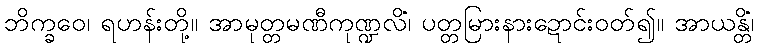
ဘိက္ခဝေ၊ ရဟန်းတို့။ အာမုတ္တမဏီကုဏ္ဍလိံ၊ ပတ္တမြားနားဍောင်းဝတ်၍။ အာယန္တိံ၊